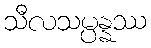
သီလသမ္ပန္နဿ